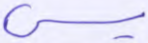
يس